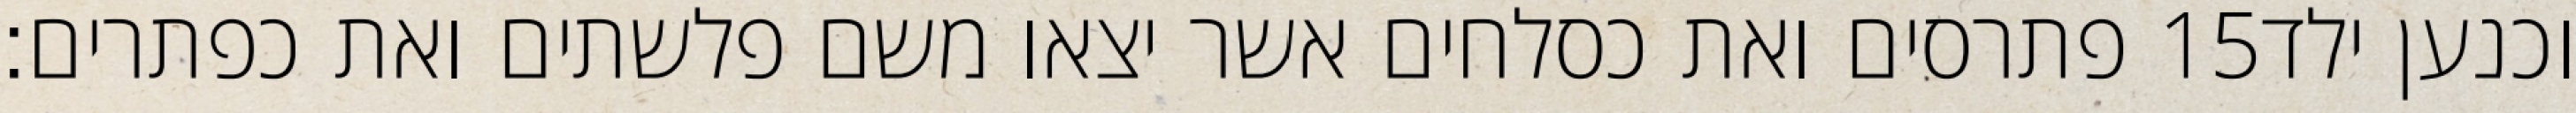
פתרסים ואת כסלחים אשר יצאו משם פלשתים ואת כפתרים׃ ‎15‏ וכנען ילד